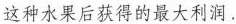
这种水果后获得的最大利润.